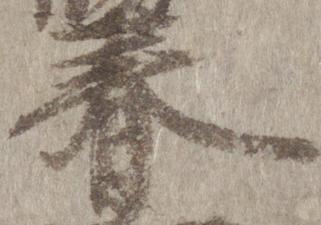
春